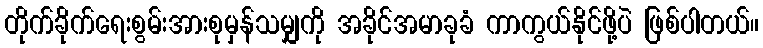
တိုက်ခိုက်ရေးစွမ်းအားစုမှန်သမျှကို အခိုင်အမာခုခံ ကာကွယ်နိုင်ဖို့ပဲ ဖြစ်ပါတယ်။